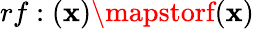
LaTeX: rf:(\mathbf{x})\mapstorf(\mathbf{x})